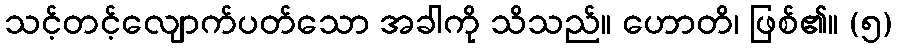
သင့်တင့်လျောက်ပတ်သော အခါကို သိသည်။ ဟောတိ၊ ဖြစ်၏။ (၅)